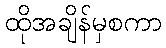
ထိုအချိန်မှစကာ